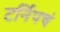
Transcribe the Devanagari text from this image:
टर्निपचं